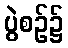
ပွဲစဉ်၌